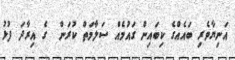
އަނިޔާވެރި ބައެއްގެ ކިބައިން ގައުމެއް ސަލާމަތް ކުރަން  ގެ އިރާދަ ފުޅު